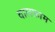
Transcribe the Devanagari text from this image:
वालफ्राम